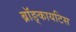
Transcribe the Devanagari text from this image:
ब्रॉङ्कायटिस